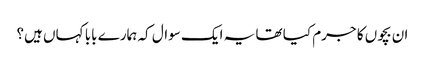
ان بچوں کا جرم کیا تھا یہ ایک سوال کہ ہمارے بابا کہاں ہیں؟